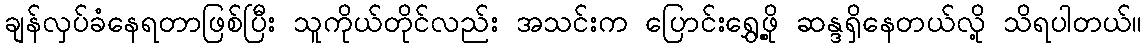
ချန်လှပ်ခံနေရတာဖြစ်ပြီး သူကိုယ်တိုင်လည်း အသင်းက ပြောင်းရွှေ့ဖို့ ဆန္ဒရှိနေတယ်လို့ သိရပါတယ်။